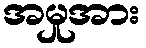
အမှုအား